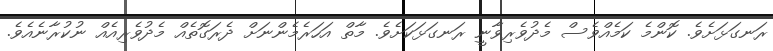
ރަނގަޅަށެވެ. ކޮންމެ ކަމެއްވެސް މެދުވެރިވާނީ ރަނގަޅަކަށެވެ. މާތް އަހަރެމެންނަށް ދެރަގޮތެއް މެދުވެރިއެއް ނުކުރާނެއެވެ.